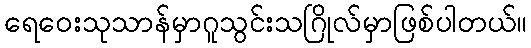
ရေဝေးသုသာန်မှာဂူသွင်းသဂြိုလ်မှာဖြစ်ပါတယ်။